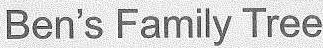
Ben's Family Tree